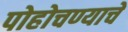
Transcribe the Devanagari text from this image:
पोहोचण्‍याचे